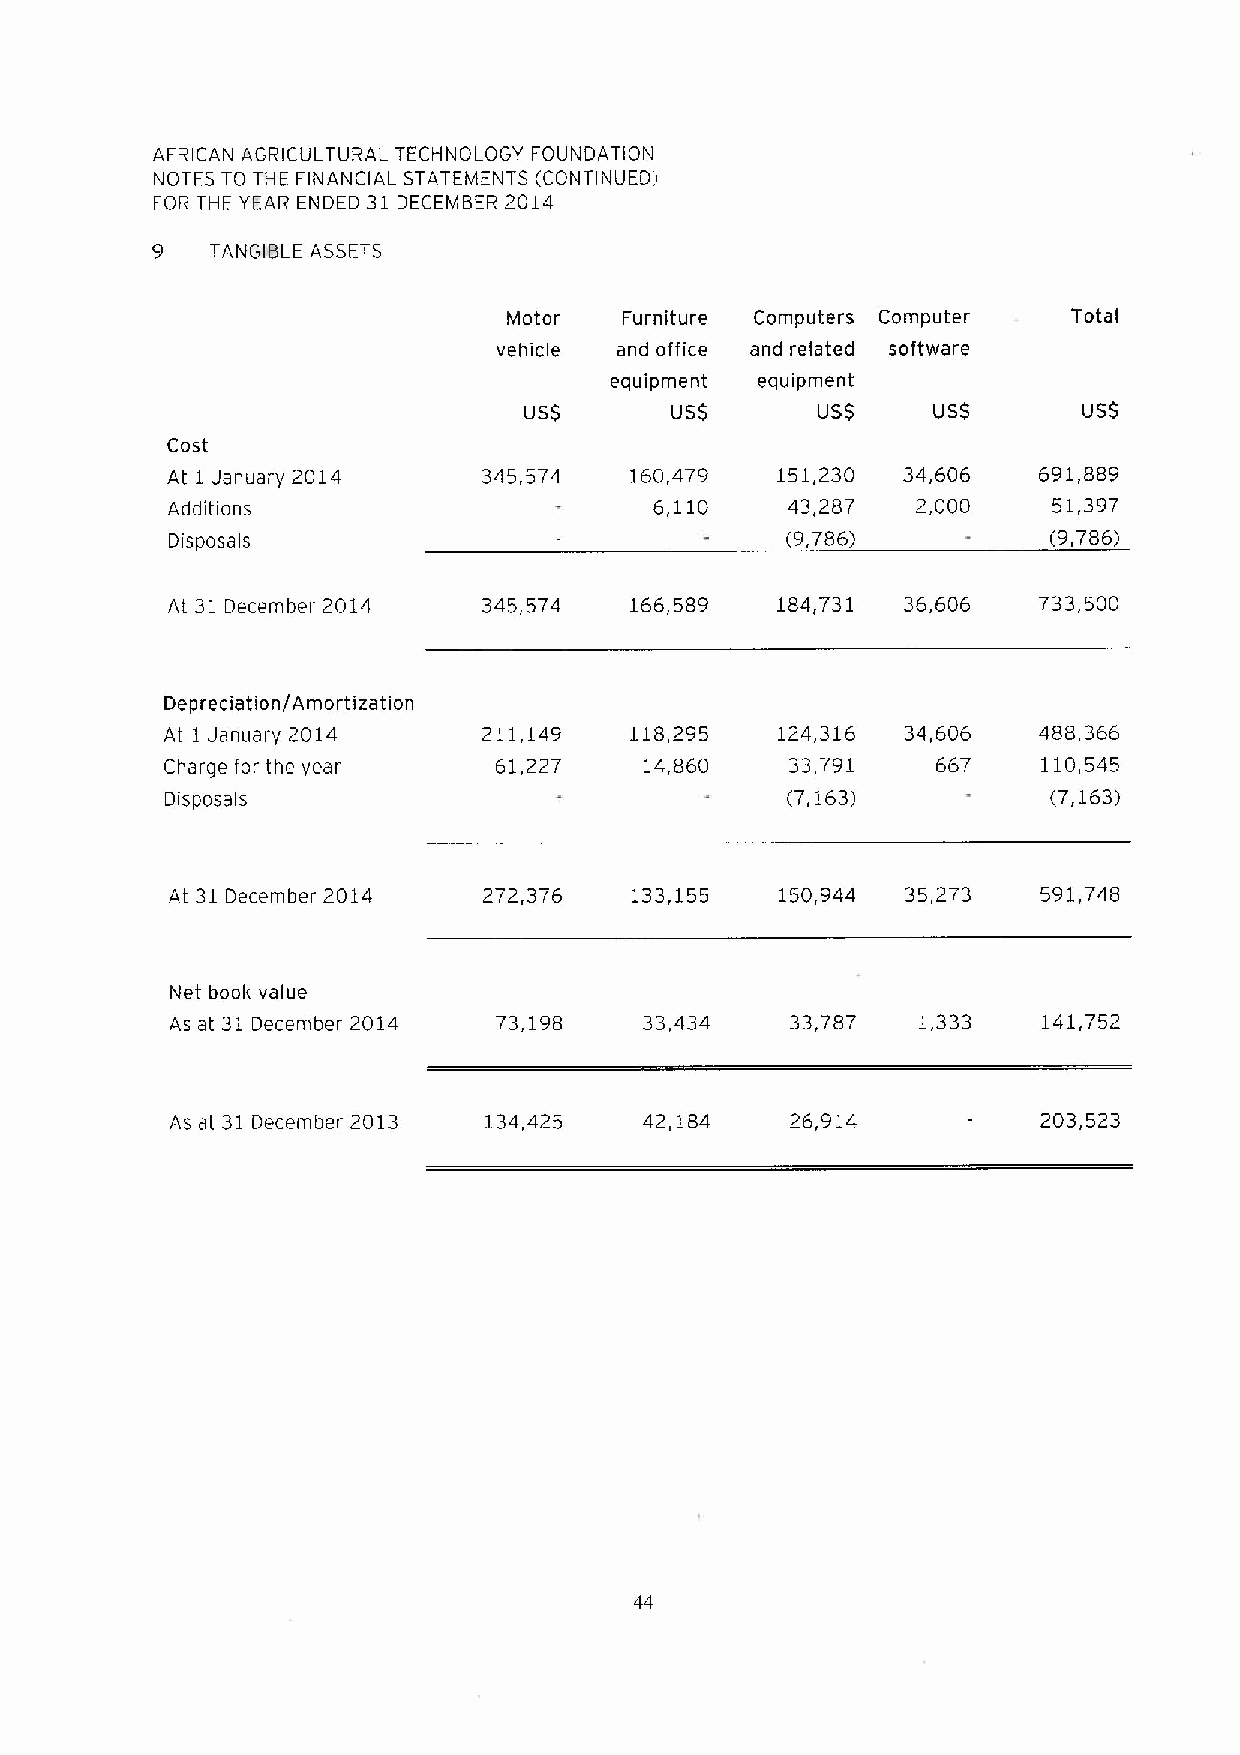
AFRICAN AGRICULTURAL TECHNOLOGY FOUNDATION
 NOTES TO THE FINANCIAL STATEMENTS (CONTINUED!
 FOR T~E YEAR ENDED 31 DECEMBER 2014
 9   TANGIBLE ASSETS
 Motor  Furniture Computers Computer  Total
 vehicle and office and related software
 equipment equipment
 USS      USS       USS     USS       USS
 Cost
 At 1January 2014     345,574   160,479  151,230  34,606   691,889
 Additions                       6,110    43,287   2,000    51,397
 Disposals                                (9,786)           (9,786)
 At 31 December 2014  345,574   166,589  184,731  36,606   733,500
 Depreciation/Amortization
 At 1January 2014     211,149   118,295  124,316  34,606   488,366
 Charge for the year   61,227    14,860   33,791    667    110,545
 Disposals                                (7,163)           (7,163)
 At 31December 2014   272,376   133,155   150,944 35,273   591,748
 Net book value
 As at 31 December 2014 73,198   33,434   33,787   1,333   141,752
 As at 31 December 2013 134,425  42,184   26,914           203,523